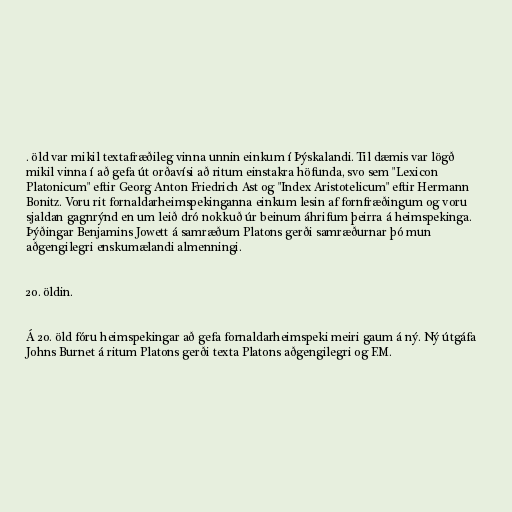
. öld var mikil textafræðileg vinna unnin einkum í Þýskalandi. Til dæmis var lögð
mikil vinna í að gefa út orðavísi að ritum einstakra höfunda, svo sem "Lexicon
Platonicum" eftir Georg Anton Friedrich Ast og "Index Aristotelicum" eftir Hermann
Bonitz. Voru rit fornaldarheimspekinganna einkum lesin af fornfræðingum og voru
sjaldan gagnrýnd en um leið dró nokkuð úr beinum áhrifum þeirra á heimspekinga.
Þýðingar Benjamins Jowett á samræðum Platons gerði samræðurnar þó mun
aðgengilegri enskumælandi almenningi.

20. öldin.

Á 20. öld fóru heimspekingar að gefa fornaldarheimspeki meiri gaum á ný. Ný útgáfa
Johns Burnet á ritum Platons gerði texta Platons aðgengilegri og F.M.